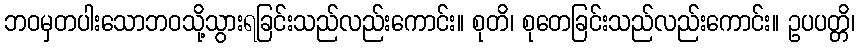
ဘဝမှတပါးသောဘဝသို့သွားရခြင်းသည်လည်းကောင်း။ စုတိ၊ စုတေခြင်းသည်လည်းကောင်း။ ဥပပတ္တိ၊